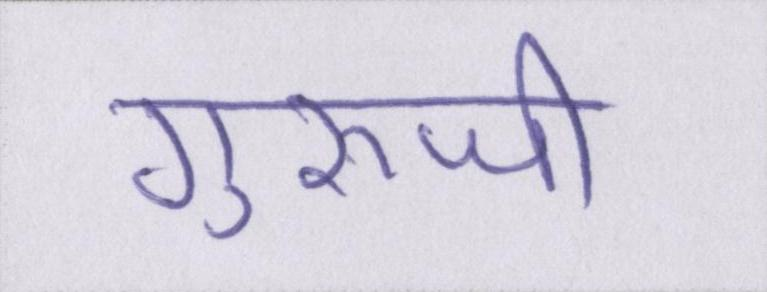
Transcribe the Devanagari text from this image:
गुरूजी